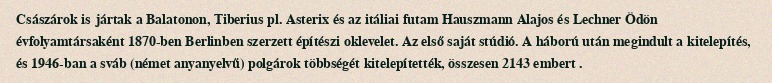
Császárok is jártak a Balatonon, Tiberius pl. Asterix és az itáliai futam Hauszmann Alajos és Lechner Ödön évfolyamtársaként 1870-ben Berlinben szerzett építészi oklevelet. Az első saját stúdió. A háború után megindult a kitelepítés, és 1946-ban a sváb (német anyanyelvű) polgárok többségét kitelepítették, összesen 2143 embert .